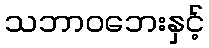
သဘာဝဘေးနှင့်